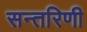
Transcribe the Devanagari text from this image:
सन्तरिणी